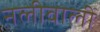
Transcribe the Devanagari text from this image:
नलीवाली